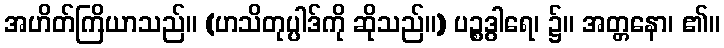
အဟိတ်ကြိယာသည်။ (ဟသိတုပ္ပါဒ်ကို ဆိုသည်။) ပဉ္စဒွါရေ၊ ၌။ အတ္တနော၊ ၏။